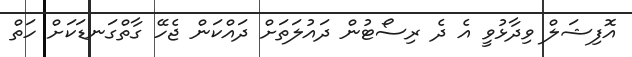
އޮފިޝަލް ވިދާޅުވީ އެ ދެ ރިސޯޓުން ދައުލަތަށް ދައްކަން ޖެހޭ ގާތްގަނޑަކަށް ހަތް